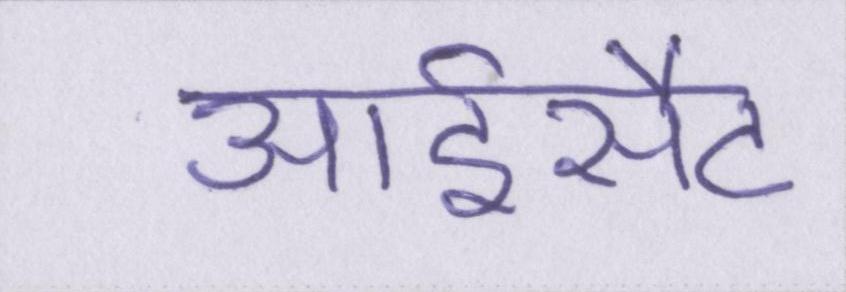
आईसैट